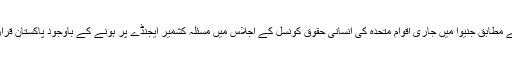
تجزیہ کاروں کے مطابق جنیوا میں جاری اقوام متحدہ کی انسانی حقوق کونسل کے اجلاس میں مسئلہ کشمیر ایجنڈے پر ہونے کے باوجود پاکستان قرارداد نہیں لا سکا۔